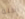
آكلة